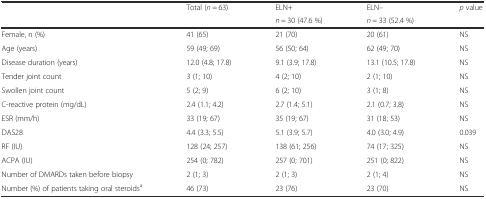
<table><thead><tr><td rowspan="2"></td><td rowspan="2"><b>Total (<i>n</i> = 63)</b></td><td><b>ELN+</b></td><td><b>ELN–</b></td><td rowspan="2"><b><i>p</i> value</b></td></tr><tr><td><b><i>n</i> = 30 (47.6 %)</b></td><td><b><i>n</i> = 33 (52.4 %)</b></td></tr></thead><tbody><tr><td>Female, n (%)</td><td>41 (65)</td><td>21 (70)</td><td>20 (61)</td><td>NS</td></tr><tr><td>Age (years)</td><td>59 (49; 69)</td><td>56 (50; 64)</td><td>62 (49; 70)</td><td>NS</td></tr><tr><td>Disease duration (years)</td><td>12.0 (4.8; 17.8)</td><td>9.1 (3.9; 17.8)</td><td>13.1 (10.5; 17.8)</td><td>NS</td></tr><tr><td>Tender joint count</td><td>3 (1; 10)</td><td>4 (2; 10)</td><td>2 (1; 10)</td><td>NS</td></tr><tr><td>Swollen joint count</td><td>5 (2; 9)</td><td>6 (2; 10)</td><td>3 (1; 8)</td><td>NS</td></tr><tr><td>C-reactive protein (mg/dL)</td><td>2.4 (1.1; 4.2)</td><td>2.7 (1.4; 5.1)</td><td>2.1 (0.7; 3.8)</td><td>NS</td></tr><tr><td>ESR (mm/h)</td><td>33 (19; 67)</td><td>35 (19; 67)</td><td>31 (18; 53)</td><td>NS</td></tr><tr><td>DAS28</td><td>4.4 (3.3; 5.5)</td><td>5.1 (3.9; 5.7)</td><td>4.0 (3.0; 4.9)</td><td>0.039</td></tr><tr><td>RF (IU)</td><td>128 (24; 257)</td><td>138 (61; 256)</td><td>74 (17; 325)</td><td>NS</td></tr><tr><td>ACPA (IU)</td><td>254 (0; 782)</td><td>257 (0; 701)</td><td>251 (0; 822)</td><td>NS</td></tr><tr><td>Number of DMARDs taken before biopsy</td><td>2 (1; 3)</td><td>2 (1; 3)</td><td>2 (1; 4)</td><td>NS</td></tr><tr><td>Number (%) of patients taking oral steroids<sup>a</sup></td><td>46 (73)</td><td>23 (76)</td><td>23 (70)</td><td>NS</td></tr></tbody></table>